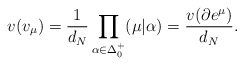
\begin{align*} v(v_\mu)=\frac{1}{d_N}\prod\limits_{\alpha\in\Delta_0^+}(\mu|\alpha)= \frac{v(\partial e^{\mu})}{d_N}.\end{align*}